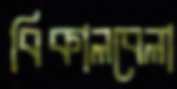
বিকালবেলা